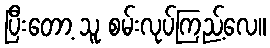
ပြီးတော့ သူ စမ်းလုပ်ကြည့်လေ။